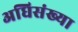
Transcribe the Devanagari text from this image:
अधिसंख्या